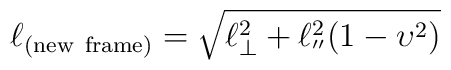
\ell_{(\rm new \ frame)}=\sqrt{\ell^2_\bot+\ell^2_{''}(1-\upsilon^2)}